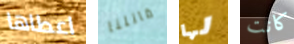
اعطاها قاتلنا لها كانت